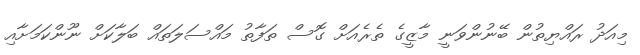
މިއަދު ރައްޔިތުން ބޭނުންވަނީ މާޒީގެ ތެރެއަށް ގޮސް ތަފާތު މައްސަލަތައް ބަލާކަށް ނޫންކަމަށާއި